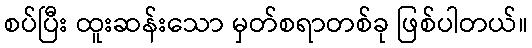
စပ်ပြီး ထူးဆန်းသော မှတ်စရာတစ်ခု ဖြစ်ပါတယ်။